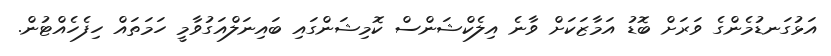
އަޅުގަނޑުމެންގެ ވަރަށް ބޮޑު އަމާޒަކަށް ވާނެ އިލެކްޝަންސް ކޮމިޝަންގައި ބައިނަލްއަގުވާމީ ހަމަތައް ހިފެހެއްޓުން.